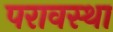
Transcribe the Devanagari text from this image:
परावस्था